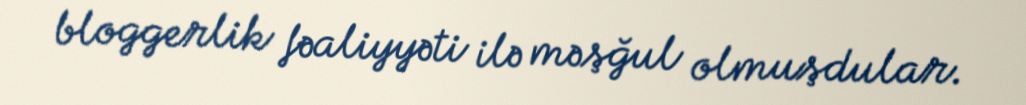
bloggerlik fəaliyyəti ilə məşğul olmuşdular.